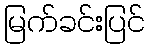
မြက်ခင်းပြင်